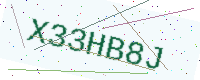
Text: X33HB8J